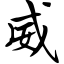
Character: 威